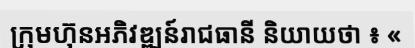
ក្រុមហ៊ុនអភិវឌ្ឍន៍រាជធានី និយាយថា ៖ «